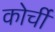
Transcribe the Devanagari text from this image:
कोर्ची